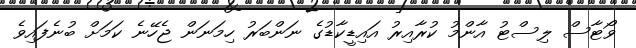
ވޯޓާސް ލިސްޓު އާންމު ކުރާއިރު އައިޑީކާޑުގެ ނަންބަރު ހިމަނަން ޖެހޭނެ ކަމަށް ބުނެފައިވެ